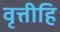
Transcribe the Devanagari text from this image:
वृत्तीहि